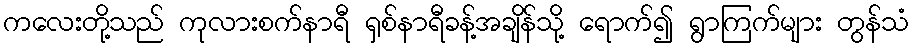
ကလေးတို့သည် ကုလားစက်နာရီ ရှစ်နာရီခန့်အချိန်သို့ ရောက်၍ ရွာကြက်များ တွန်သံ